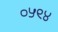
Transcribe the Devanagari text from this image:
०५९४